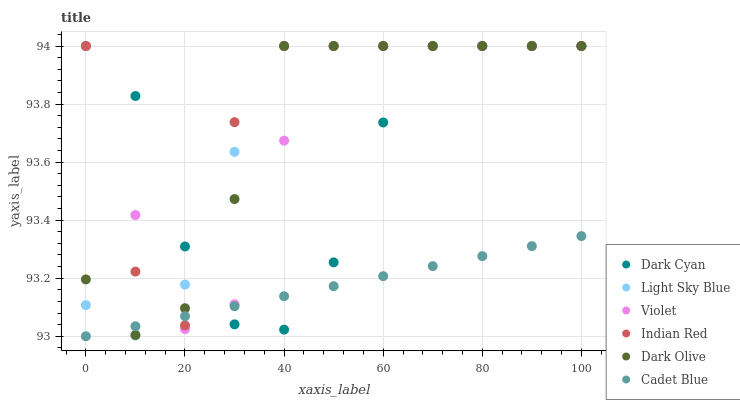
| xaxis_label | Dark Cyan | Light Sky Blue | Violet | Indian Red | Dark Olive | Cadet Blue |
 | --- | --- | --- | --- | --- | --- | --- |
 | 0 | 94 | 93.1 | 94 | 94 | 93.2 | 93 |
 | 10 | 93.8 | 93 | 93.4 | 93.2 | 93 | 93 |
 | 20 | 93.3 | 93.2 | 93 | 93 | 93.1 | 93.1 |
 | 30 | 93 | 93.6 | 93.1 | 93.7 | 93.5 | 93.1 |
 | 40 | 93 | 94 | 93.7 | 94 | 94 | 93.1 |
 | 50 | 93.3 | 94 | 94 | 94 | 94 | 93.2 |
 | 60 | 93.7 | 94 | 94 | 94 | 94 | 93.2 |
 | 70 | 94 | 94 | 94 | 94 | 94 | 93.2 |
 | 80 | 94 | 94 | 94 | 94 | 94 | 93.3 |
 | 90 | 94 | 94 | 94 | 94 | 94 | 93.3 |
 | 100 | 94 | 94 | 94 | 94 | 94 | 93.3 |